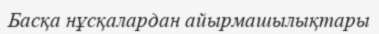
Басқа нұсқалардан айырмашылықтары